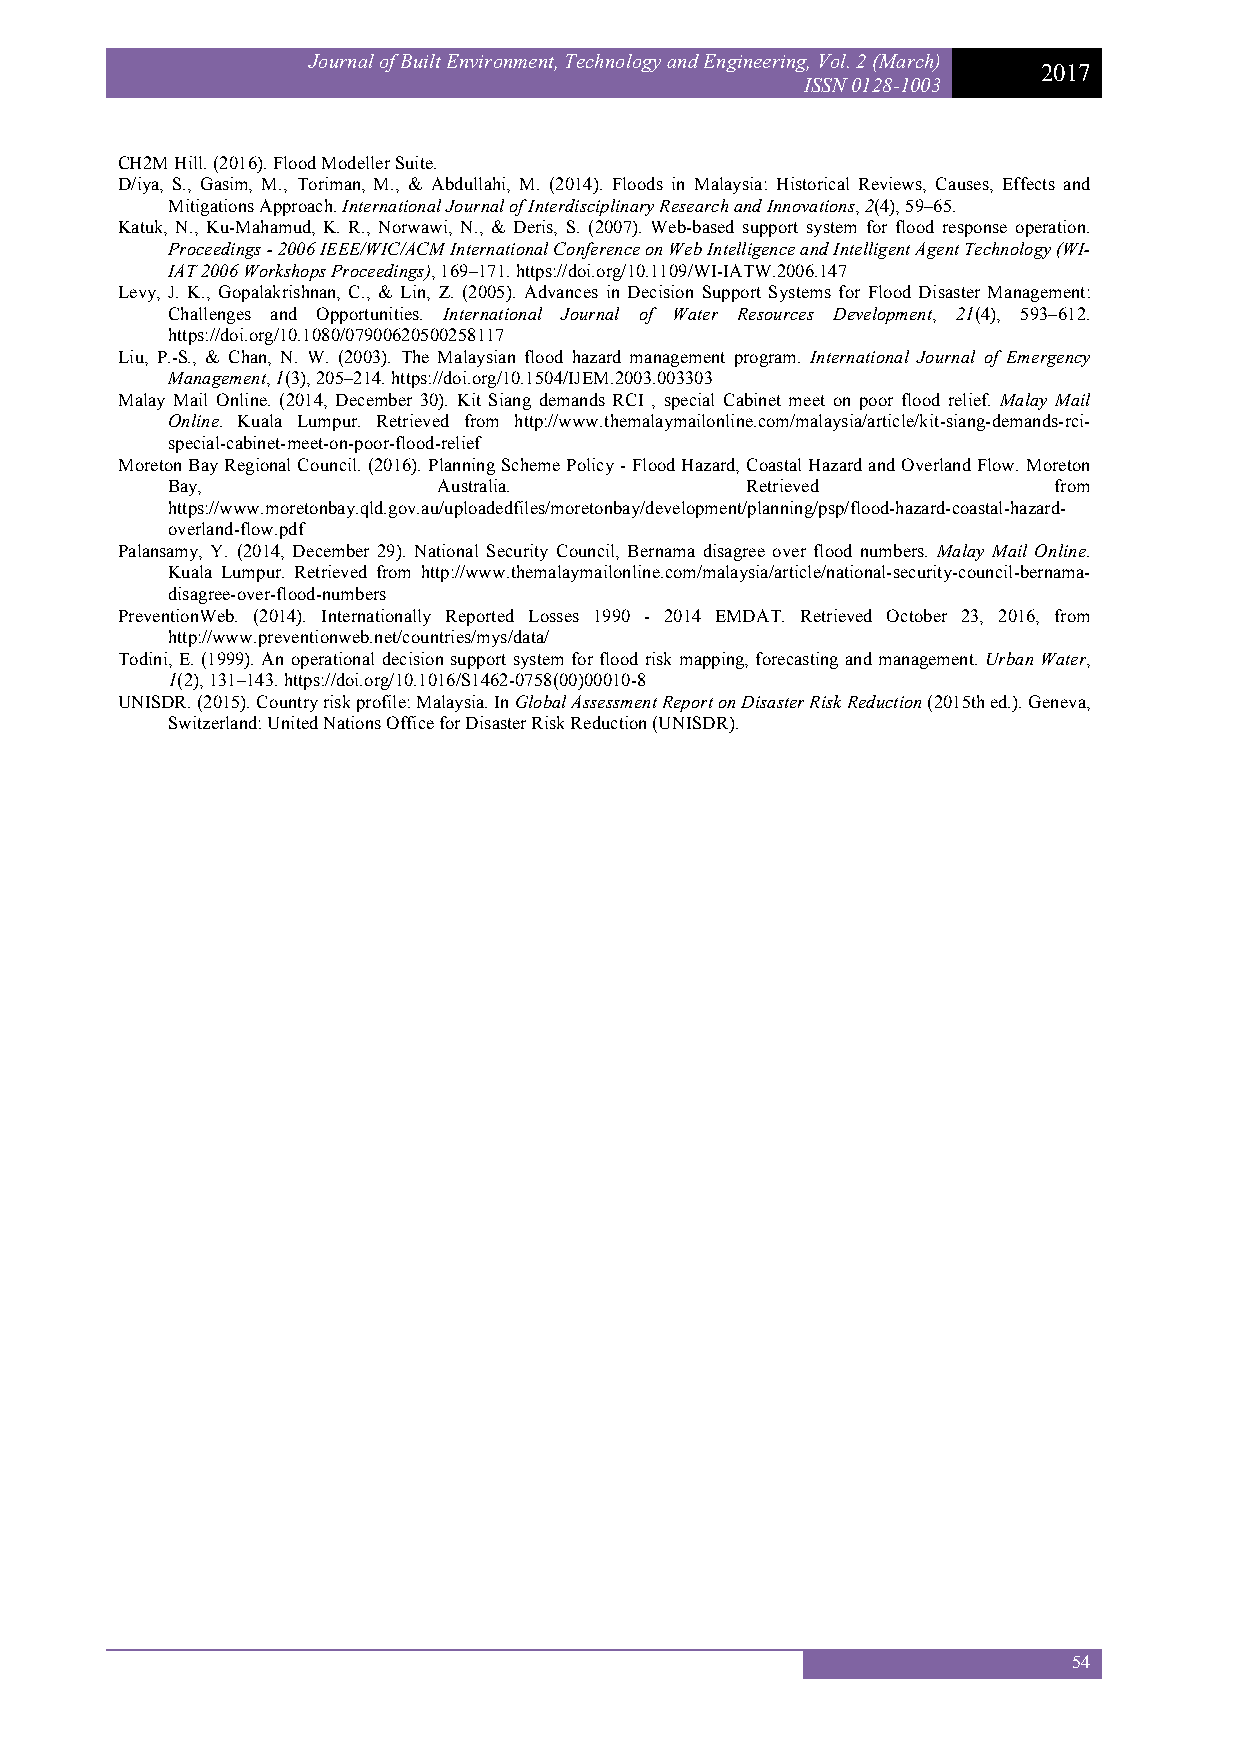
Journal of Built Environment, Technology and Engineering, Vol. 2 (March)
 2017
 ISSN 0128-1003
 CH2M Hill. (2016). Flood Modeller Suite.
 D/iya, S., Gasim, M., Toriman, M., & Abdullahi, M. (2014). Floods in Malaysia: Historical Reviews, Causes, Effects and
 Mitigations Approach. International Journal of Interdisciplinary Research and Innovations, 2(4), 59–65.
 Katuk, N., Ku-Mahamud, K. R., Norwawi, N., & Deris, S. (2007). Web-based support system for flood response operation.
 Proceedings - 2006 IEEE/WIC/ACM International Conference on Web Intelligence and Intelligent Agent Technology (WI-
 IAT 2006 Workshops Proceedings), 169–171. https://doi.org/10.1109/WI-IATW.2006.147
 Levy, J. K., Gopalakrishnan, C., & Lin, Z. (2005). Advances in Decision Support Systems for Flood Disaster Management:
 Challenges and Opportunities. International Journal of Water Resources Development, 21(4), 593–612.
 https://doi.org/10.1080/07900620500258117
 Liu, P.-S., & Chan, N. W. (2003). The Malaysian flood hazard management program. International Journal of Emergency
 Management, 1(3), 205–214. https://doi.org/10.1504/IJEM.2003.003303
 Malay Mail Online. (2014, December 30). Kit Siang demands RCI , special Cabinet meet on poor flood relief. Malay Mail
 Online. Kuala Lumpur. Retrieved from http://www.themalaymailonline.com/malaysia/article/kit-siang-demands-rci-
 special-cabinet-meet-on-poor-flood-relief
 Moreton Bay Regional Council. (2016). Planning Scheme Policy - Flood Hazard, Coastal Hazard and Overland Flow. Moreton
 Bay,              Australia.          Retrieved            from
 https://www.moretonbay.qld.gov.au/uploadedfiles/moretonbay/development/planning/psp/flood-hazard-coastal-hazard-
 overland-flow.pdf
 Palansamy, Y. (2014, December 29). National Security Council, Bernama disagree over flood numbers. Malay Mail Online.
 Kuala Lumpur. Retrieved from http://www.themalaymailonline.com/malaysia/article/national-security-council-bernama-
 disagree-over-flood-numbers
 PreventionWeb. (2014). Internationally Reported Losses 1990 - 2014 EMDAT. Retrieved October 23, 2016, from
 http://www.preventionweb.net/countries/mys/data/
 Todini, E. (1999). An operational decision support system for flood risk mapping, forecasting and management. Urban Water,
 1(2), 131–143. https://doi.org/10.1016/S1462-0758(00)00010-8
 UNISDR. (2015). Country risk profile: Malaysia. In Global Assessment Report on Disaster Risk Reduction (2015th ed.). Geneva,
 Switzerland: United Nations Office for Disaster Risk Reduction (UNISDR).
 54